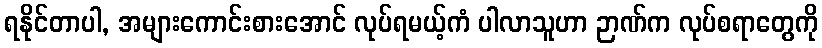
ရနိုင်တာပါ, အများကောင်းစားအောင် လုပ်ရမယ့်ကံ ပါလာသူဟာ ဉာဏ်က လုပ်စရာတွေကို